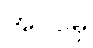
အပင်မှ